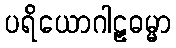
ပရိယောဂါဠှဓမ္မာ